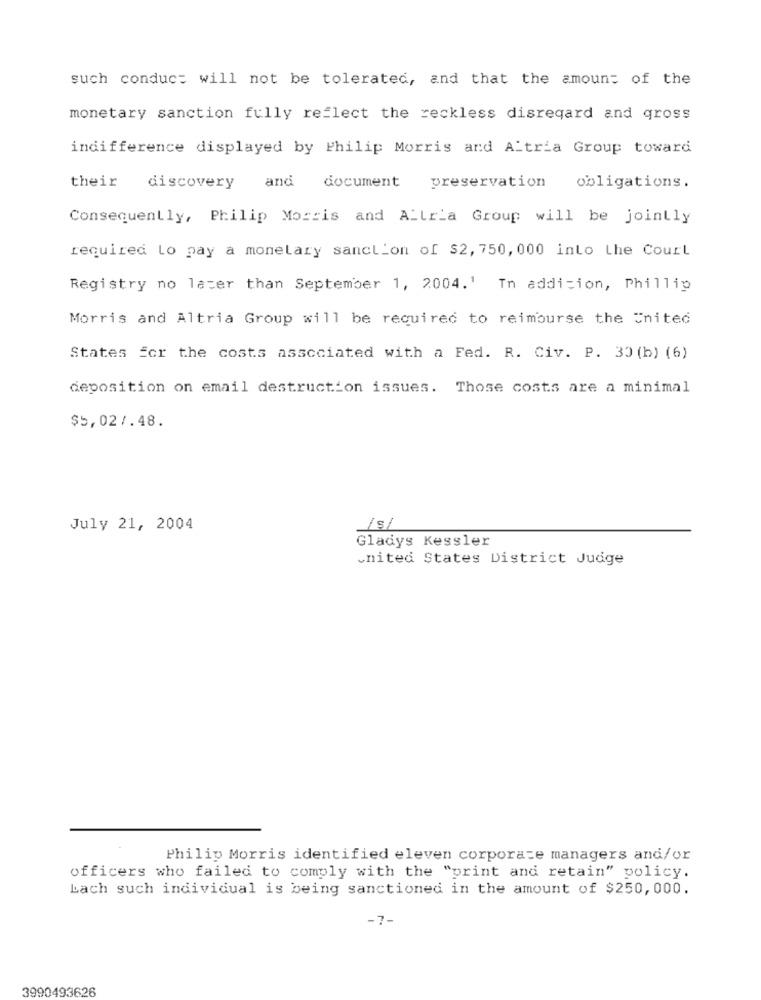
such conduct will not be tolerated, and that the amount of the
monetary sanction fully reflect the reckless disregard and gross
indifference displayed by Philip Morris and Altria Group toward
their
and
discovery
document
preservation
obligations.
Consequently, Philip Morris and ALLria Group will be jointly
required Lo pay a monetary sanction of $2, 750, 000 into the Court
Registry no later than September 1, 2004.' In addition, Phillip
Morris and Altria Group will be required to reimburse the United
States Ecr the costs associated with a Fed. R. Civ. P. 30 (b) (6)
deposition on email destruction issues. Those costs are a minimal
$5,027.48.
July 21, 2004
/s/
Gladys Kessler
united States District Judge
Philip Morris identified eleven corporate managers and/or
officers who failed to comply with the "print and retain" policy.
Lach such individual is being sanctioned in the amount of $250, 000.
-7-
3990493626